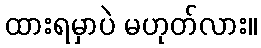
ထားရမှာပဲ မဟုတ်လား။